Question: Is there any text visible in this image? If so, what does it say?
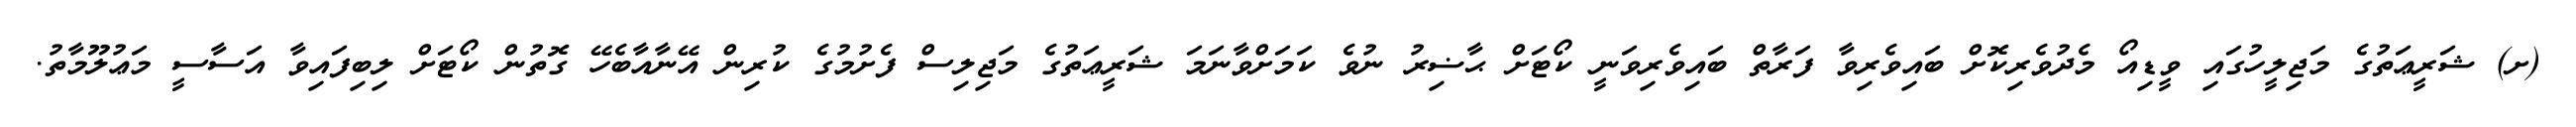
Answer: (ށ) ޝަރީޢަތުގެ މަޖިލީހުގައި ވީޑިއޯ މެދުވެރިކޮށް ބައިވެރިވާ ފަރާތް ބައިވެރިވަނީ ކޯޓަށް ޙާޟިރު ނުވެ ކަމަށްވާނަމަ ޝަރީޢަތުގެ މަޖިލިސް ފެށުމުގެ ކުރިން އޭނާއާބެހޭ ގޮތުން ކޯޓަށް ލިބިފައިވާ އަސާސީ މަޢުލޫމާތު.